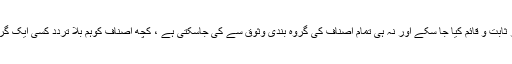
یہ تو ممکن نہیں کہ تمام شعری اصناف کو کسی ایک ہی پیمانے پر پرکھا جاسکے ، کسی ایک ہی کسوٹی پر ثابت و قائم کیا جا سکے اور نہ ہی تمام اصناف کی گروہ بندی وثوق سے کی جاسکتی ہے ، کچھ اصناف کوہم بلا تردّد کسی ایک گروہ سے منسلک کر سکتے ہیں اور کچھ ایسی بھی ہیں جن میں دونوں گروہوں کی جھلک نمایاں نظر آتی ہے ۔